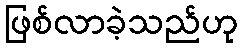
ဖြစ်လာခဲ့သည်ဟု